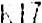
K17